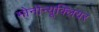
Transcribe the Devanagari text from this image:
मोनोन्यूक्लियर